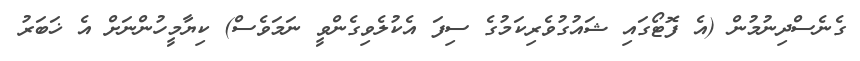
ގެނެސްދިނުމުން (އެ ފޮޓޯގައި ޝައުގުވެރިކަމުގެ ސިފަ އެކުލެވިގެންވީ ނަމަވެސް) ކިޔާމީހުންނަށް އެ ޚަބަރު